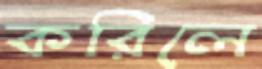
করিলে